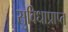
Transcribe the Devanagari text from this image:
सुविधाप्राप्त